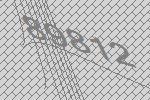
89812